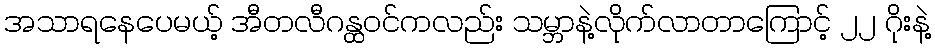
အသာရနေပေမယ့် အီတလီဂန္ထဝင်ကလည်း သမ္ဘာနဲ့လိုက်လာတာကြောင့် ၂၂ ဂိုးနဲ့